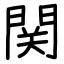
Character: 関